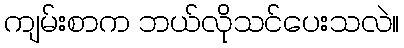
ကျမ်းစာက ဘယ်လိုသင်ပေးသလဲ။